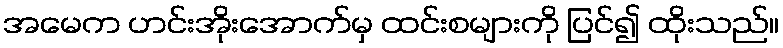
အမေက ဟင်းအိုးအောက်မှ ထင်းစများကို ပြင်၍ ထိုးသည်။